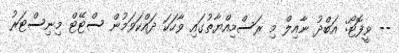
-- ވީފޮޓޯ: އަބްދު ނާއިލް މި ރަސްމިއްޔާތުގައި ވާހަކަ ދައްކަވަމުން ސްޓޭޓް މިނިސްޓަރު